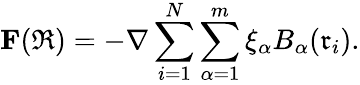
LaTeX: \textbf{F}(\mathfrak{R})=-\nabla\sum_{i=1}^{N}\sum_{\alpha=1}^{m}\xi_{\alpha}B_{\alpha}(\mathfrak{r}_{i}).